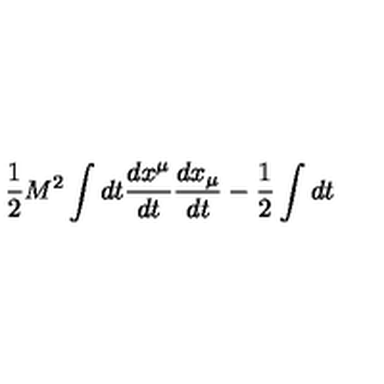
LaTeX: \frac { 1 } { 2 } M ^ { 2 } \int d t \frac { d x ^ { \mu } } { d t } \frac { d x _ { \mu } } { d t } - \frac { 1 } { 2 } \int d t